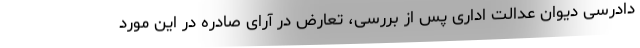
دادرسی دیوان عدالت اداری پس از بررسی، تعارض در آرای صادره در این مورد